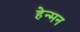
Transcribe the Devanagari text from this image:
हेन्मन